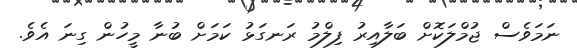
ނަމަވެސް ޖުމްލަކޮށް ބަލާއިރު ފިލްމު ރަނގަޅު ކަމަށް ބުނާ މީހުން ގިނަ އެވެ.